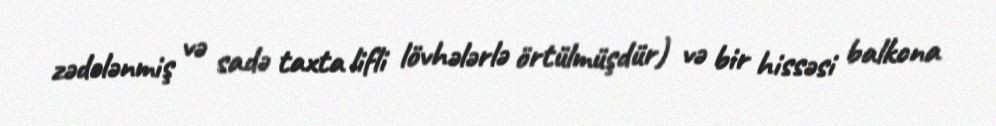
zədələnmiş və sadə taxta lifli lövhələrlə örtülmüşdür) və bir hissəsi balkona